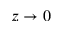
z \rightarrow 0